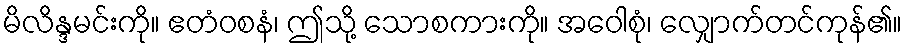
မိလိန္ဒမင်းကို။ ဧတံဝစနံ၊ ဤသို့ သောစကားကို။ အဝေါစုံ၊ လျှောက်တင်ကုန်၏။